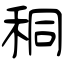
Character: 秱